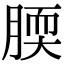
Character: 腝